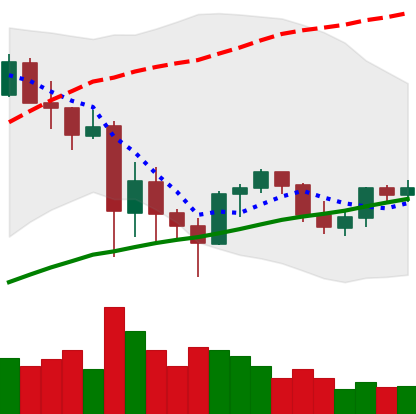
Ticker: ETH-USD
Chart end date: 2021-06-02
Forward return: -4.281%
Label: down_3_5